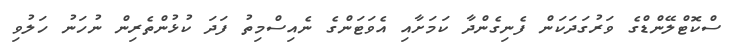
ސްކޮޓްލޭންޑްގެ ވަރުގަދަކަން ފެނިގެންދާ ކަމަށާއި އެވަޓަންގެ ނެއިސްމިތު ފަދަ ކުޅުންތެރިން ނުހަނު ހަލުވި